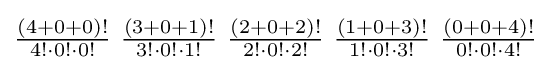
\textstyle {(4+0+0)! \over 4!\cdot 0!\cdot 0!}\ {(3+0+1)! \over 3!\cdot 0!\cdot 1!}\ {(2+0+2)! \over 2!\cdot 0!\cdot 2!}\ {(1+0+3)! \over 1!\cdot 0!\cdot 3!}\ {(0+0+4)! \over 0!\cdot 0!\cdot 4!}